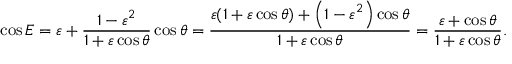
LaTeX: \cos E = \varepsilon + { \frac { 1 - \varepsilon ^ { 2 } } { 1 + \varepsilon \cos \theta } } \cos \theta = { \frac { \varepsilon ( 1 + \varepsilon \cos \theta ) + \left( 1 - \varepsilon ^ { 2 } \right) \cos \theta } { 1 + \varepsilon \cos \theta } } = { \frac { \varepsilon + \cos \theta } { 1 + \varepsilon \cos \theta } } .